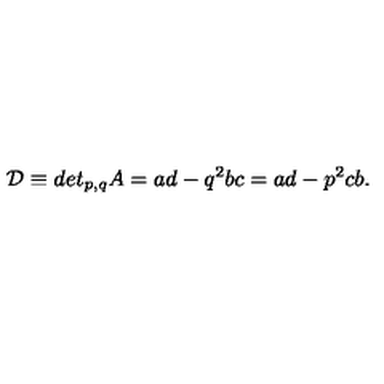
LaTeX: \mathcal { D } \equiv d e t _ { p , q } A = a d - q ^ { 2 } b c = a d - p ^ { 2 } c b .